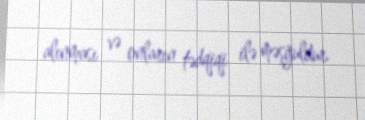
alınması və onların tədqiqi ilə məşğuldur.